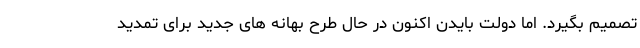
تصمیم بگیرد. اما دولت بایدن اکنون در حال طرح بهانه های جدید برای تمدید